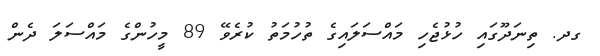
ގދ. ތިނަދޫގައި ހުޅުޖެހި މައްސަލައިގެ ތުހުމަތު ކުރެވޭ 89 މީހުންގެ މައްސަލަ ދެން